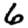
Digit: 6